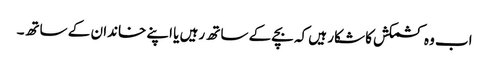
اب وہ کشمکش کا شکار ہیں کہ بچے کے ساتھ رہیں یا اپنے خاندان کے ساتھ۔